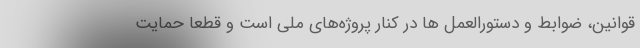
قوانین، ضوابط و دستورالعمل ها در کنار پروژه‌های ملی است و قطعا حمایت